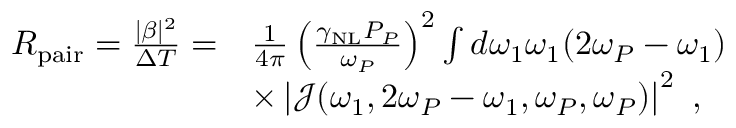
\begin{array} { r l } { R _ { \mathrm { p a i r } } = \frac { | \beta | ^ { 2 } } { \Delta T } = } & { \frac { 1 } { 4 \pi } \left( \frac { \gamma _ { \mathrm { N L } } P _ { P } } { \omega _ { P } } \right) ^ { 2 } \int d \omega _ { 1 } \omega _ { 1 } ( 2 \omega _ { P } - \omega _ { 1 } ) } \\ & { \times \left| \mathcal { J } ( \omega _ { 1 } , 2 \omega _ { P } - \omega _ { 1 } , \omega _ { P } , \omega _ { P } ) \right| ^ { 2 } \ , } \end{array}